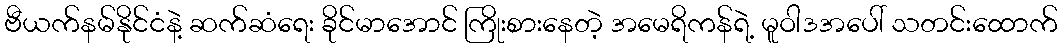
ဗီယက်နမ်နိုင်ငံနဲ့ ဆက်ဆံရေး ခိုင်မာအောင် ကြိုးစားနေတဲ့ အမေရိကန်ရဲ့ မူဝါဒအပေါ် သတင်းထောက်